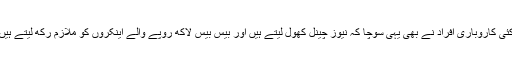
کئی کاروباری افراد نے بھی یہی سوچا کہ نیوز چینل کھول لیتے ہیں اور بیس بیس لاکھ روپے والے اینکروں کو ملازم رکھ لیتے ہیں۔